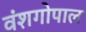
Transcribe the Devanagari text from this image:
वंशगोपाल